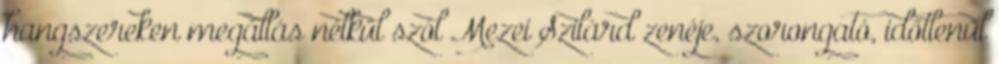
hangszereken megállás nélkül szól Mezei Szilárd zenéje, szorongató, időtlenül